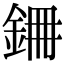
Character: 𮡱